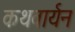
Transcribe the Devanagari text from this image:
कथवार्यन